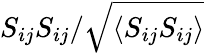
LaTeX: S_{ij}S_{ij}/\sqrt{\langle S_{ij}S_{ij}\rangle}